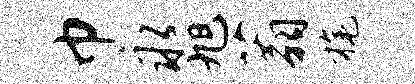
巾永旭蓊旄